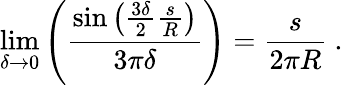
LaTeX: \displaystyle\operatorname*{lim}_{\delta\rightarrow 0}{\left(\frac{\sin{\left(\frac{3\delta}{2}\frac{s}{R}\right)}}{3\pi\delta}\right)}=\frac{s}{2\pi R}\ .